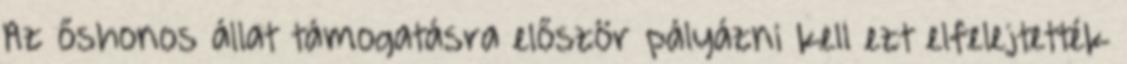
Az őshonos állat támogatásra először pályázni kell ezt elfelejtették